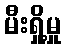
မီးရှို့မှု